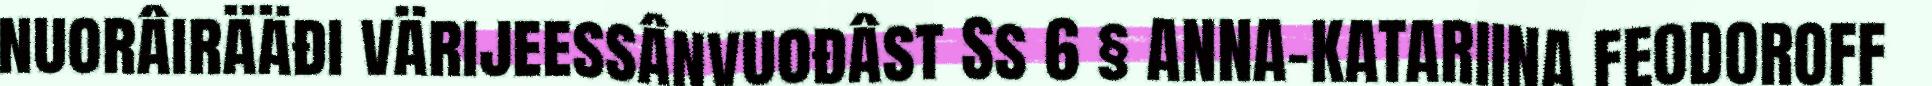
nuorâirääđi värijeessânvuođâst Ss 6 § ANNA-KATARIINA FEODOROFF